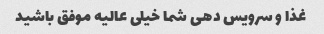
غذا و سرویس دهی شما خیلی عالیه موفق باشید